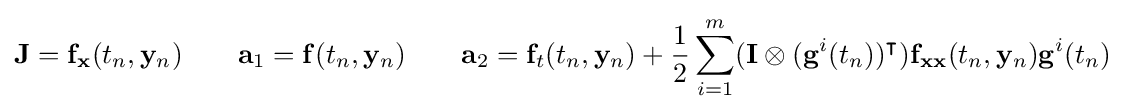
\mathbf {J} =\mathbf {f} _{\mathbf {x} }(t_{n},\mathbf {y} _{n})\qquad \mathbf {a} _{1}=\mathbf {f} (t_{n},\mathbf {y} _{n})\qquad \mathbf {a} _{2}=\mathbf {f} _{t}(t_{n},\mathbf {y} _{n})+{\frac {1}{2}}\sum \limits _{i=1}^{m}(\mathbf {I} \otimes (\mathbf {g} ^{i}(t_{n}))^{\intercal })\mathbf {f} _{\mathbf {xx} }(t_{n},\mathbf {y} _{n})\mathbf {g} ^{i}(t_{n})